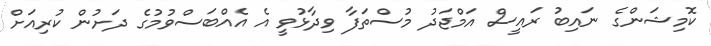
ކޮމިޝަންގެ ނައިބު ރައީސް އަމްޖަދު މުސްތަފާ ވިދާޅުވީ އެ އެއްބަސްވުމުގެ ދަށުން ކުރިއަށް